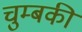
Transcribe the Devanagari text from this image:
चुम्बकी